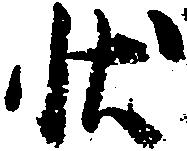
状